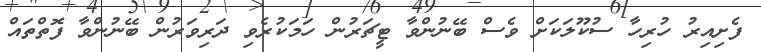
ފެށިއިރު ހުރިހާ ސުކޫލަކަށް ވެސް ބޭނުންވާ ޓީޗަރުން ހަމަކުރެވި ދަރިވަރުން ބޭނުންވާ ފޮތްތައް